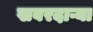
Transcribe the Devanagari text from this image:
खबरदाऱ्या